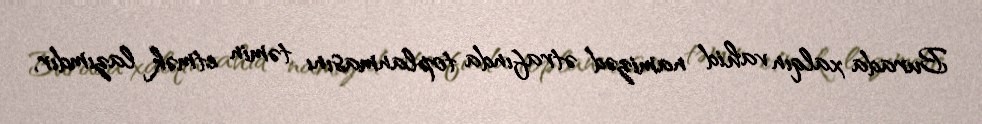
Burada xalqın vahid namizəd ətrafında toplanmasını təmin etmək lazımdır,